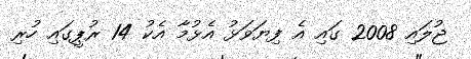
ޖުލައި 2008 ގައި އެ ފިޔަވަޅު އެޅުމާ އެކު 14 ރުޕީގައި ހުރި